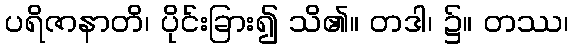
ပရိဇာနာတိ၊ ပိုင်းခြား၍ သိ၏။ တဒါ၊ ၌။ တဿ၊